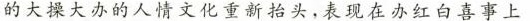
的大操大办的人情文化重新抬头，表现在办红白喜事上